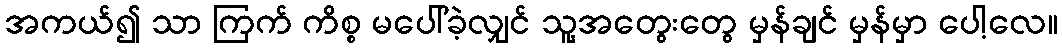
အကယ်၍ သာ ကြက် ကိစ္စ မပေါ်ခဲ့လျှင် သူ့အတွေးတွေ မှန်ချင် မှန်မှာ ပေါ့လေ။